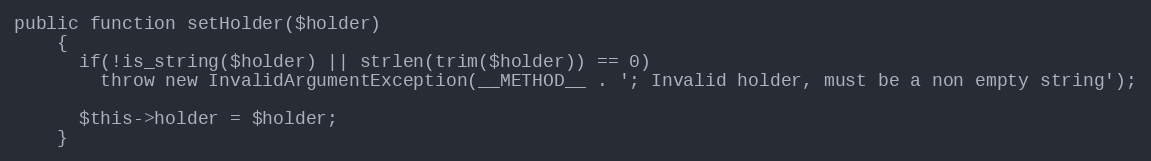
Language: PHP
public function setHolder($holder)
    {
      if(!is_string($holder) || strlen(trim($holder)) == 0)
        throw new InvalidArgumentException(__METHOD__ . '; Invalid holder, must be a non empty string');

      $this->holder = $holder;
    }